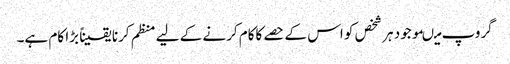
گروپ میںموجود ہر شخص کو اس کے حصے کاکام کرنے کے لیے منظم کرنا یقیناً بڑا کام ہے۔